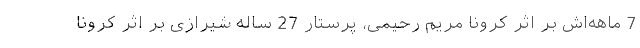
7‌ ماهه‌اش بر اثر کرونا مریم رحیمی، پرستار 27 ساله شیرازی بر اثر کرونا